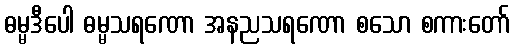
ဓမ္မဒီပေါ ဓမ္မသရဏော အနညသရဏော စသော စကားတော်